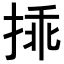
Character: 𢮿